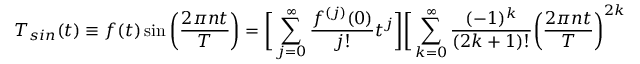
T _ { s i n } ( t ) \equiv f ( t ) \sin { \bigg ( \frac { 2 \pi n t } { T } \bigg ) } = \bigg [ \sum _ { j = 0 } ^ { \infty } \frac { f ^ { ( j ) } ( 0 ) } { j ! } t ^ { j } \bigg ] \bigg [ \sum _ { k = 0 } ^ { \infty } \frac { ( - 1 ) ^ { k } } { ( 2 k + 1 ) ! } \bigg ( \frac { 2 \pi n t } { T } \bigg ) ^ { 2 k + 1 } \bigg ] ,